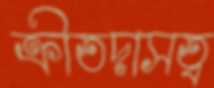
ক্রীতদাসত্ব